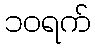
၁၀ရက်